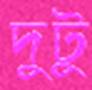
দুটু